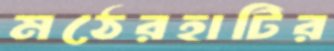
মঠেরহাটির